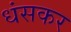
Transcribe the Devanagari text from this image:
धंसकर